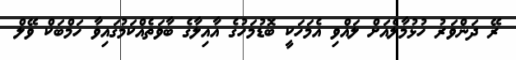
ރޭ ދަންވަރު ހުޅުމާލެއަށް ލައްވި އެމަހަކީ ބޮޑުމަހުގެ އާއިލާގެ ބާވަތެއްކަމުގައިވާ ހަމްބަކް ވޭލް